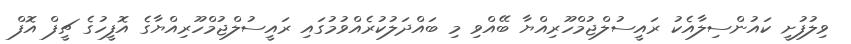
ވިލުފުށީ ކައުންސިލާއެކު ރައީސުލްޖުމްހޫރިއްޔާ ބޭއްވި މި ބައްދަލުކުރެއްވުމުގައި ރައީސުލްޖުމްހޫރިއްޔާގެ އޮފީހުގެ ޗީފް އޮފް